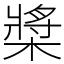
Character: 槳